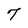
Character: 7